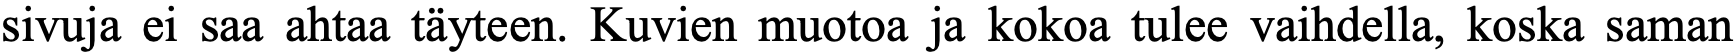
sivuja ei saa ahtaa täyteen. Kuvien muotoa ja kokoa tulee vaihdella, koska saman